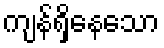
ကျန်ရှိနေသော